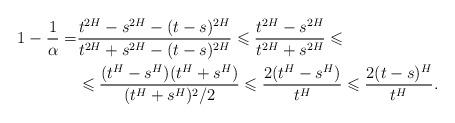
LaTeX: \begin{align*}1-\frac 1\alpha=&\frac{t^{2H}-s^{2H}-(t-s)^{2H}}{t^{2H}+s^{2H}-(t-s)^{2H}}\leqslant \frac{t^{2H}-s^{2H}}{t^{2H}+s^{2H}}\leqslant \\&\leqslant \frac{(t^{H}-s^{H})(t^{H}+s^{H})}{(t^{H}+s^{H})^2/2}\leqslant \frac{2(t^{H}-s^{H})}{t^H}\leqslant \frac{2(t-s)^H}{t^H}.\end{align*}